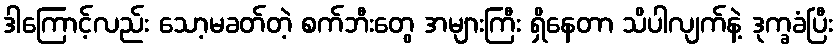
ဒါကြောင့်လည်း သော့မခတ်တဲ့ စက်ဘီးတွေ အများကြီး ရှိနေတာ သိပါလျက်နဲ့ ဒုက္ခခံပြီး